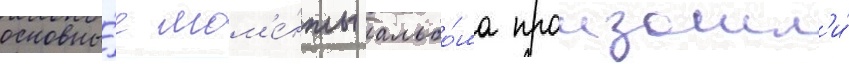
основны́е мом'е́нты альбо́ма произошл'и́